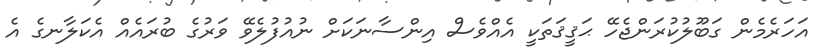
އަހަރެމެން ގަބޫލުކުރަންޖެހޭ ޙަޤީޤަތަކީ އެއްވެސް އިންސާނަކަށް ނުއުފުލެވޭ ވަރުގެ ބުރައެއް އެކަލާނގެ އެ